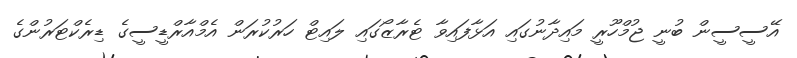
އޭސީސީން ބުނީ ޖުމްހޫރީ މައިދާނުގައި އަޅާފައިވާ ޓެރާޒޯގައި ލައިޓް ހަރުކުރަން އެމްއާރްޑީސީގެ ޑިރެކްޓަރުންގެ